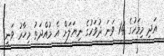
އަދި މިމަހުގެ 14 ވަނަ ދުވަހުގެ ނިޔަލަށް އެ މުއްދަތު މިހާރު ވަނީ